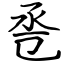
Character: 卺